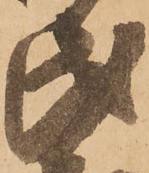
民